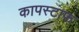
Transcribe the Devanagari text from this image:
कापस्टाफ